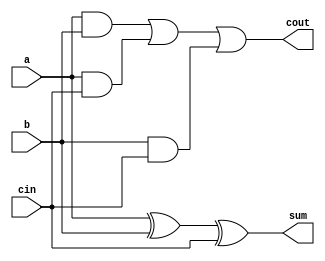
//
//Purpose       : full adder
//
//
//Simulator     : NC-Verilog
//----------------------------------------------------------------------
module adder_f(sum, cout, a, b, cin);
input a, b, cin;
output sum, cout;

assign sum = a ^ b ^ cin;
assign cout = (a&b) | (a&cin) | (b&cin);

endmodule